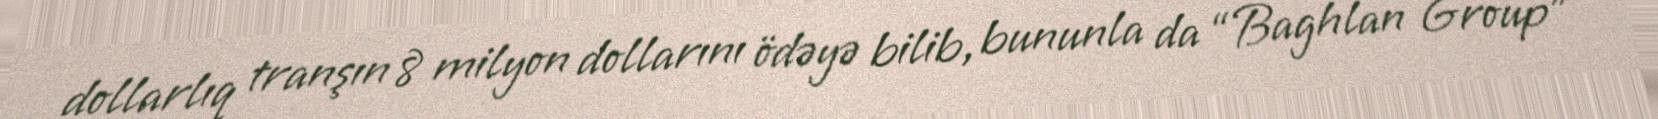
dollarlıq tranşın 8 milyon dollarını ödəyə bilib, bununla da “Baghlan Group”